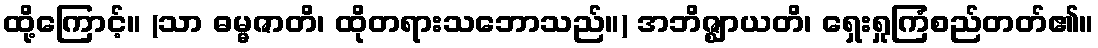
ထို့ကြောင့်။ (သာ ဓမ္မဇာတိ၊ ထိုတရားသဘောသည်။) အဘိဇ္ဈာယတိ၊ ရှေးရှုကြံစည်တတ်၏။